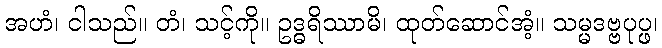
အဟံ၊ ငါသည်။ တံ၊ သင့်ကို။ ဥဒ္ဓရိဿာမိ၊ ထုတ်ဆောင်အံ့။ သမ္မဒဗ္ဗပုပ္ဖ၊